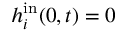
h _ { i } ^ { \mathrm { i n } } ( 0 , t ) = 0